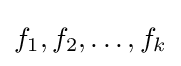
f_{1},f_{2},\ldots ,f_{k}